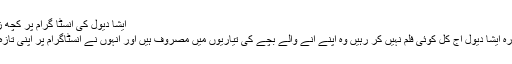
ایشا دیول کی انسٹا گرام پر کچھ زیادہ ہاٹ تصاویرشیئرکردیں
ممبئی(ویب ڈیسکبالی وڈ ادکارہ ایشا دیول آج کل کوئی فلم نہیں کر رہیں وہ اپنے آنے والے بچے کی تیاریوں میں مصروف ہیں اور انہوں نے انسٹاگرام پر اپنی تازہ ترین تصاویر شئیر کیں ہیں۔